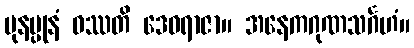
ပုနပ္ပုနံ ဝဿတိ ဒေဝရာဇာ။ အနေကဂုဏသင်္ဂဟံ။